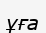
ұға